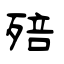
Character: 殕